Summary of further report on surra
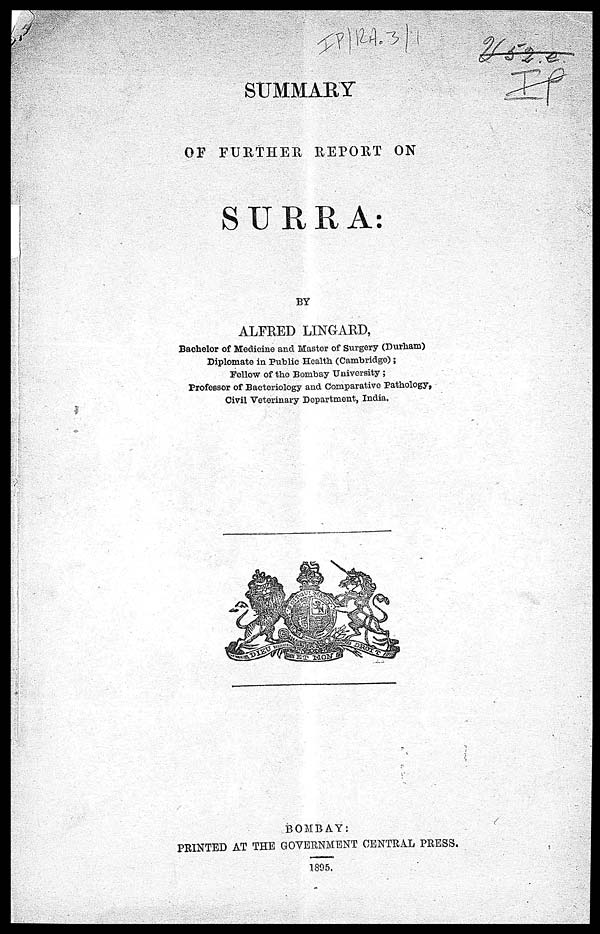
SUMMARY
OF FURTHER REPORT ON
SURRA:
BY
ALFRED LINGARD,
Bachelor of Medicine and Master of Surgery (Durham)
Diplomate in Public Health (Cambridge);
Fellow of the Bombay University ;
Professor of Bacteriology and Comparative Pathology,
Civil Veterinary Department, India.
BOMBAY:
PRINTED AT THE GOVERNMENT CENTRAL PRESS.